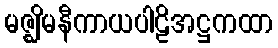
မဇ္ဈိမနီကာယပါဠိအဋ္ဌကထာ